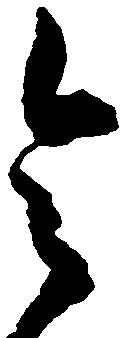
令